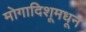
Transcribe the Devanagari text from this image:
मोगादिशूमधून